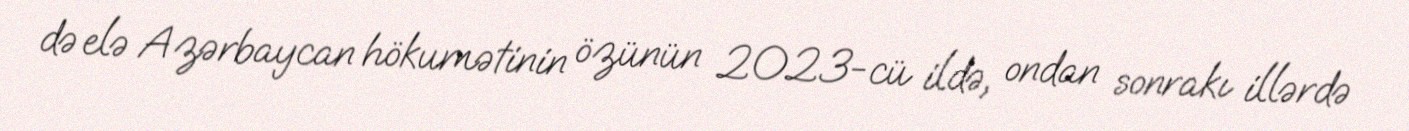
də elə Azərbaycan hökumətinin özünün 2023-cü ildə, ondan sonrakı illərdə